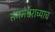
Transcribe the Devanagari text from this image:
संगमेश्वराच्याच